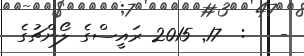
-   :  17